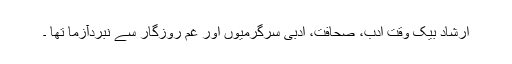
ارشاد بیک وقت ادب، صحافت، ادبی سرگرمیوں اور غم روزگار سے نبردآزما تھا ۔